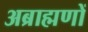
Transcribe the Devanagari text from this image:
अब्राह्मणों